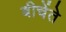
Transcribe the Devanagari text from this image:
बीचेंते